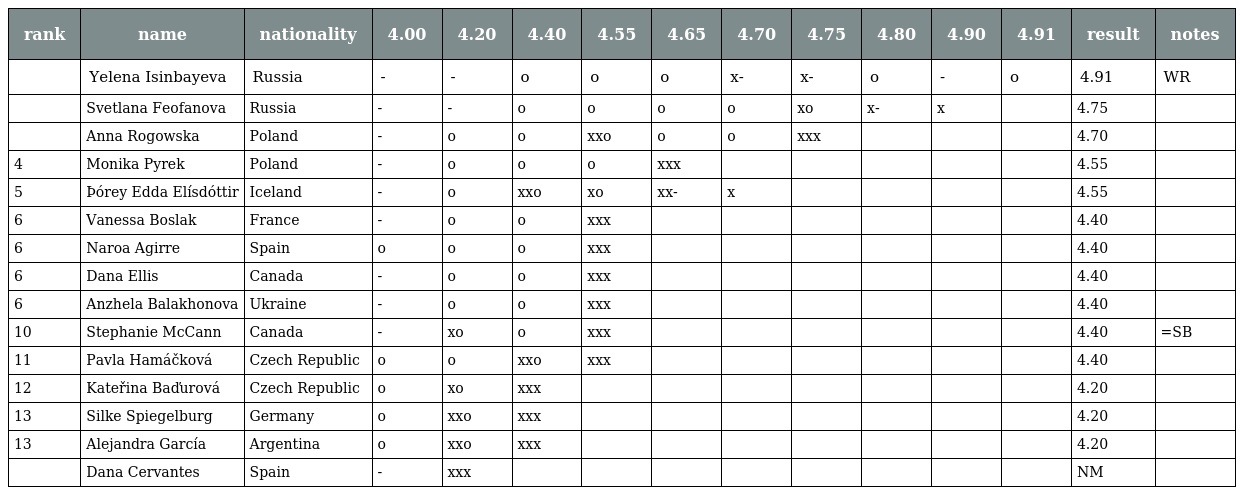
| rank | name | nationality | 4.00 | 4.20 | 4.40 | 4.55 | 4.65 | 4.70 | 4.75 | 4.80 | 4.90 | 4.91 | result | notes |
 | --- | --- | --- | --- | --- | --- | --- | --- | --- | --- | --- | --- | --- | --- | --- |
 |  | Yelena Isinbayeva | Russia | - | - | o | o | o | x- | x- | o | - | o | 4.91 | WR |
 |  | Svetlana Feofanova | Russia | - | - | o | o | o | o | xo | x- | x |  | 4.75 |  |
 |  | Anna Rogowska | Poland | - | o | o | xxo | o | o | xxx |  |  |  | 4.70 |  |
 | 4 | Monika Pyrek | Poland | - | o | o | o | xxx |  |  |  |  |  | 4.55 |  |
 | 5 | Þórey Edda Elísdóttir | Iceland | - | o | xxo | xo | xx- | x |  |  |  |  | 4.55 |  |
 | 6 | Vanessa Boslak | France | - | o | o | xxx |  |  |  |  |  |  | 4.40 |  |
 | 6 | Naroa Agirre | Spain | o | o | o | xxx |  |  |  |  |  |  | 4.40 |  |
 | 6 | Dana Ellis | Canada | - | o | o | xxx |  |  |  |  |  |  | 4.40 |  |
 | 6 | Anzhela Balakhonova | Ukraine | - | o | o | xxx |  |  |  |  |  |  | 4.40 |  |
 | 10 | Stephanie McCann | Canada | - | xo | o | xxx |  |  |  |  |  |  | 4.40 | =SB |
 | 11 | Pavla Hamáčková | Czech Republic | o | o | xxo | xxx |  |  |  |  |  |  | 4.40 |  |
 | 12 | Kateřina Baďurová | Czech Republic | o | xo | xxx |  |  |  |  |  |  |  | 4.20 |  |
 | 13 | Silke Spiegelburg | Germany | o | xxo | xxx |  |  |  |  |  |  |  | 4.20 |  |
 | 13 | Alejandra García | Argentina | o | xxo | xxx |  |  |  |  |  |  |  | 4.20 |  |
 |  | Dana Cervantes | Spain | - | xxx |  |  |  |  |  |  |  |  | NM |  |